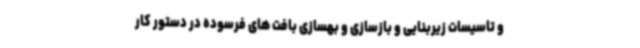
و تاسیسات زیربنایی و بازسازی و بهسازی بافت های فرسوده در دستور کار